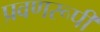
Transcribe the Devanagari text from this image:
प्रवणरूपी